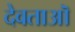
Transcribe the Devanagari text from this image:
देवताऒ